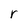
Character: r